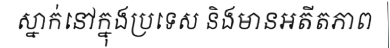
ស្នាក់នៅក្នុងប្រទេស និងមានអតីតភាព